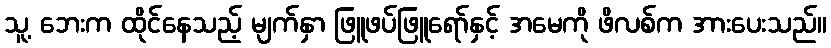
သူ့ ဘေးက ထိုင်နေသည့် မျက်နှာ ဖြူဖပ်ဖြူရော်နှင့် အမေကို ဖိလစ်က အားပေးသည်။